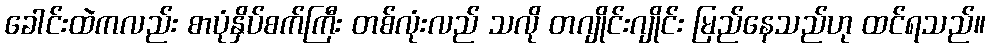
ခေါင်းထဲကလည်း စာပုံနှိပ်စက်ကြီး တစ်လုံးလည် သလို တဂျိုင်းဂျိုင်း မြည်နေသည်ဟု ထင်ရသည်။